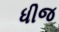
ધીજ